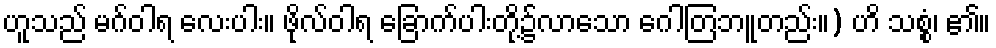
ဟူသည် မဂ်ဝါရ လေးပါး။ ဖိုလ်ဝါရ ခြောက်ပါးတို့၌လာသော ဂေါတြဘူတည်း။) ဟိ သစ္စံ၊ ၏။